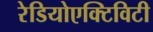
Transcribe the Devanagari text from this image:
रेडियोएक्टिविटी